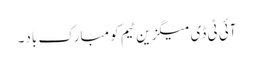
آئی ٹی ڈی میگزین ٹیم کو مبارک باد۔